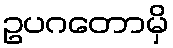
ဥပဂတောမှိ